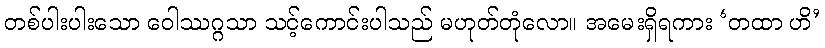
တစ်ပါးပါးသော ဝေါဿဂ္ဂသာ သင့်ကောင်းပါသည် မဟုတ်တုံလော။ အမေးရှိရကား ‘တထာ ဟိ’